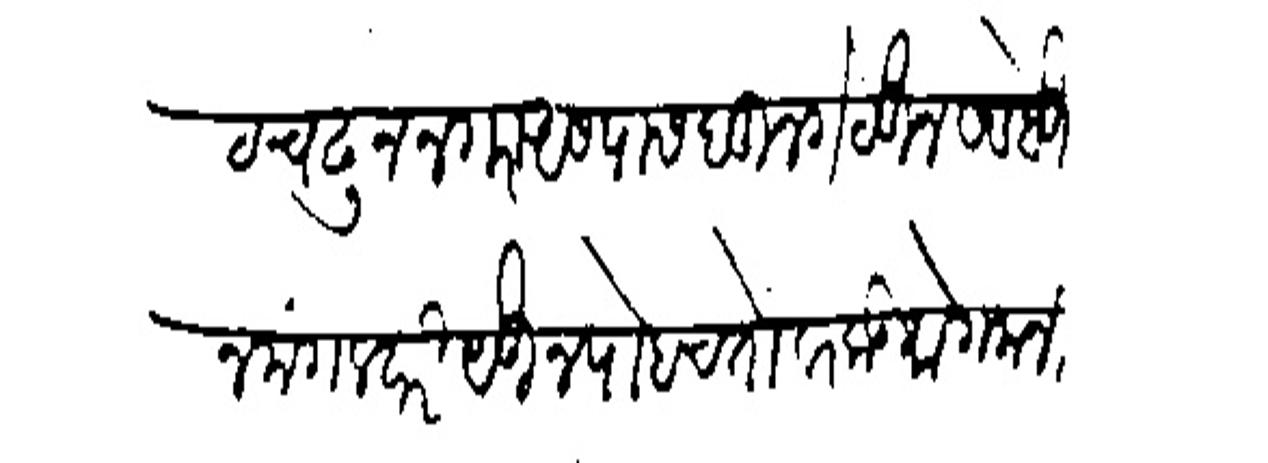
Transliteration (Devanagari): घाट चढून नगरा असपास बुनगे ठेऊन सडे होऊन मंगलवारी येऊन पोहचतो बरकड मोगलानी